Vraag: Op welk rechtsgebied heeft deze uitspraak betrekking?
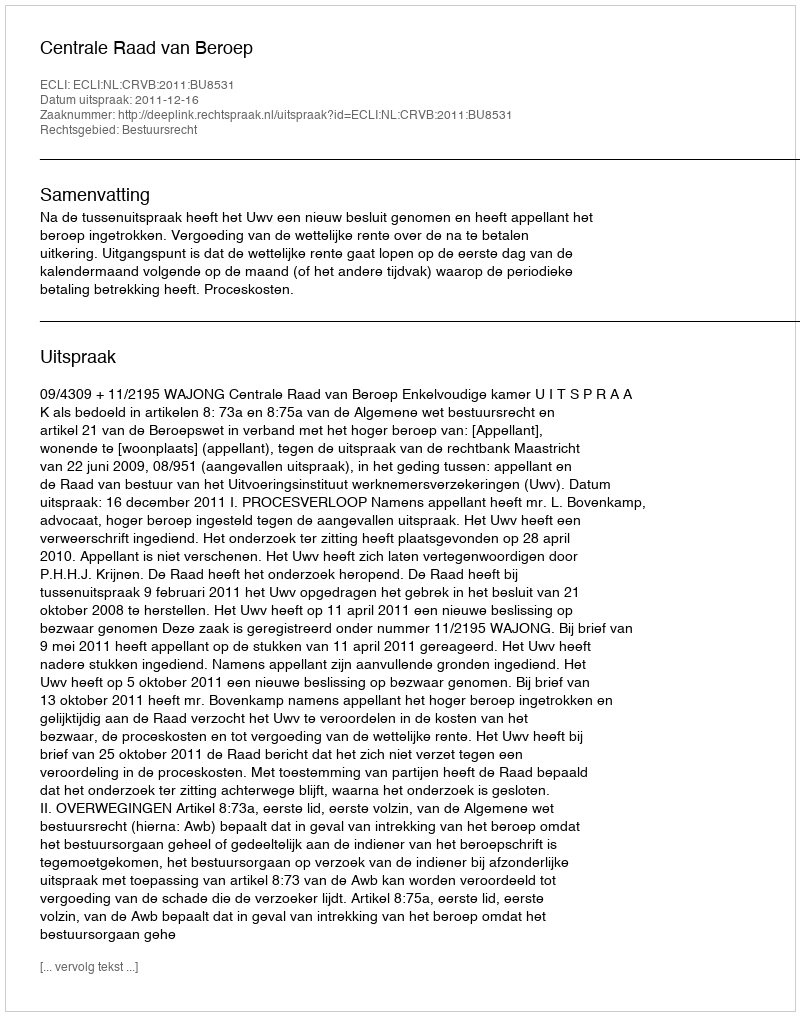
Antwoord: Bestuursrecht